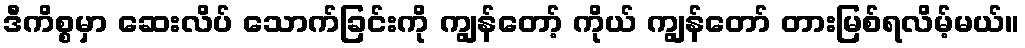
ဒီကိစ္စမှာ ဆေးလိပ် သောက်ခြင်းကို ကျွန်တော့် ကိုယ် ကျွန်တော် တားမြစ်ရလိမ့်မယ်။